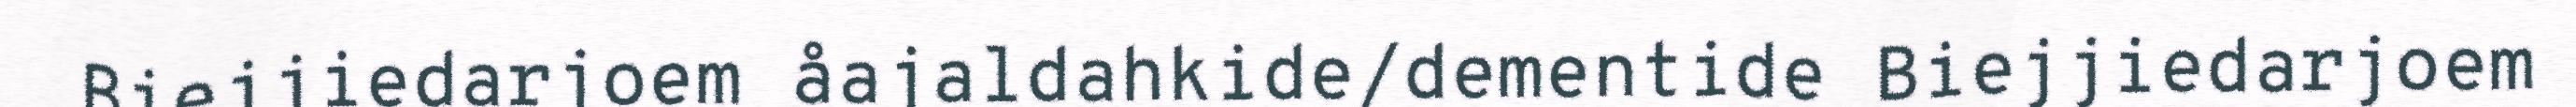
Biejjiedarjoem åajaldahkide/dementide Biejjiedarjoem